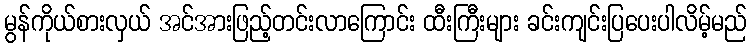
မွန်ကိုယ်စားလှယ် အင်အားဖြည့်တင်းလာကြောင်း ထီးကြီးများ ခင်းကျင်းပြပေးပါလိမ့်မည်